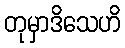
တုမှာဒိသေဟိ